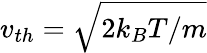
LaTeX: v_{th}=\sqrt{2k_{B}T/m}